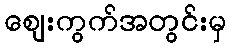
ဈေးကွက်အတွင်းမှ